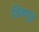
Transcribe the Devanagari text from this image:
शिवापुर